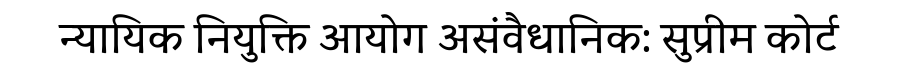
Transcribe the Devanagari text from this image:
न्यायिक नियुक्ति आयोग असंवैधानिक: सुप्रीम कोर्ट